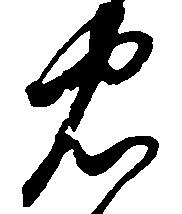
忠